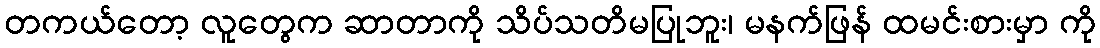
တကယ်တော့ လူတွေက ဆာတာကို သိပ်သတိမပြုဘူး၊ မနက်ဖြန် ထမင်းစားမှာ ကို